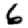
Digit: 6